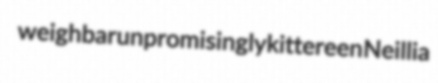
weighbar unpromisingly kittereen Neillia